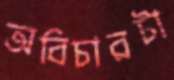
অবিচারটা